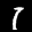
Label: 1